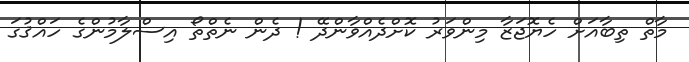
މާތް ތިބާއަށް ހެޔޮޖަޒާ މިންވަރު ކޮށްދެއްވާންދޭ ! ދެން ނެތްތޯ އިސްލާމުންގެ ހައްޤުގަ